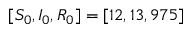
[ S _ { 0 } , I _ { 0 } , R _ { 0 } ] = [ 1 2 , 1 3 , 9 7 5 ]